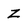
Character: Z